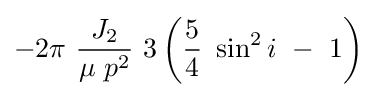
-2\pi \ {\frac {J_{2}}{\mu \ p^{2}}}\ 3\left({\frac {5}{4}}\ \sin ^{2}i\ -\ 1\right)